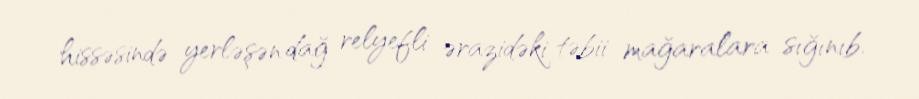
hissəsində yerləşən dağ relyefli ərazidəki təbii mağaralara sığınıb.